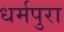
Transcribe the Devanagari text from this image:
धर्मपुरा